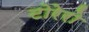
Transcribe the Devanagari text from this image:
टोरेरो